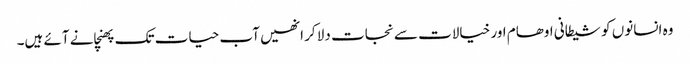
وہ انسانوں کو شیطانی اوھام اور خیالات سے نجات دلا کر انھیں آب حیات تک پھنچانے آئے ہیں۔